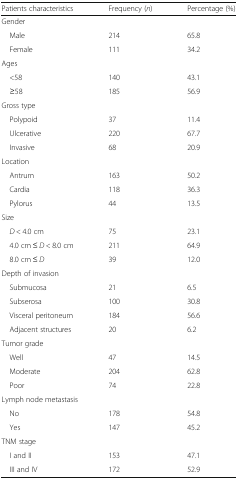
<table><thead><tr><td><b>Patients characteristics</b></td><td><b>Frequency (<i>n</i>)</b></td><td><b>Percentage (%)</b></td></tr></thead><tbody><tr><td colspan="3">Gender</td></tr><tr><td> Male</td><td>214</td><td>65.8</td></tr><tr><td> Female</td><td>111</td><td>34.2</td></tr><tr><td colspan="3">Ages</td></tr><tr><td> &lt;58</td><td>140</td><td>43.1</td></tr><tr><td> ≥58</td><td>185</td><td>56.9</td></tr><tr><td colspan="3">Gross type</td></tr><tr><td> Polypoid</td><td>37</td><td>11.4</td></tr><tr><td> Ulcerative</td><td>220</td><td>67.7</td></tr><tr><td> Invasive</td><td>68</td><td>20.9</td></tr><tr><td colspan="3">Location</td></tr><tr><td> Antrum</td><td>163</td><td>50.2</td></tr><tr><td> Cardia</td><td>118</td><td>36.3</td></tr><tr><td> Pylorus</td><td>44</td><td>13.5</td></tr><tr><td colspan="3">Size</td></tr><tr><td> <i>D</i> &lt; 4.0 cm</td><td>75</td><td>23.1</td></tr><tr><td> 4.0 cm ≤ <i>D</i> &lt; 8.0 cm</td><td>211</td><td>64.9</td></tr><tr><td> 8.0 cm ≤ <i>D</i></td><td>39</td><td>12.0</td></tr><tr><td colspan="3">Depth of invasion</td></tr><tr><td> Submucosa</td><td>21</td><td>6.5</td></tr><tr><td> Subserosa</td><td>100</td><td>30.8</td></tr><tr><td> Visceral peritoneum</td><td>184</td><td>56.6</td></tr><tr><td> Adjacent structures</td><td>20</td><td>6.2</td></tr><tr><td colspan="3">Tumor grade</td></tr><tr><td> Well</td><td>47</td><td>14.5</td></tr><tr><td> Moderate</td><td>204</td><td>62.8</td></tr><tr><td> Poor</td><td>74</td><td>22.8</td></tr><tr><td colspan="3">Lymph node metastasis</td></tr><tr><td> No</td><td>178</td><td>54.8</td></tr><tr><td> Yes</td><td>147</td><td>45.2</td></tr><tr><td colspan="3">TNM stage</td></tr><tr><td> I and II</td><td>153</td><td>47.1</td></tr><tr><td> III and IV</td><td>172</td><td>52.9</td></tr></tbody></table>